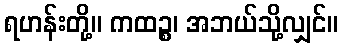
ရဟန်းတို့။ ကထဉ္စ၊ အဘယ်သို့လျှင်။